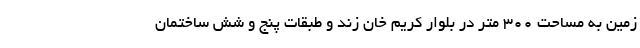
زمین به مساحت ۳۰۰ متر در بلوار کریم خان زند و طبقات پنج و شش ساختمان